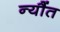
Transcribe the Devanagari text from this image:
न्यौंत